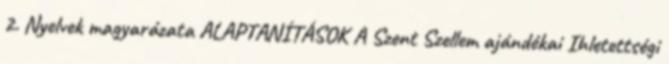
2. Nyelvek magyarázata ALAPTANÍTÁSOK A Szent Szellem ajándékai Ihletettségi